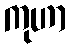
ကုဟာ